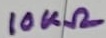
Text: 10KΩ